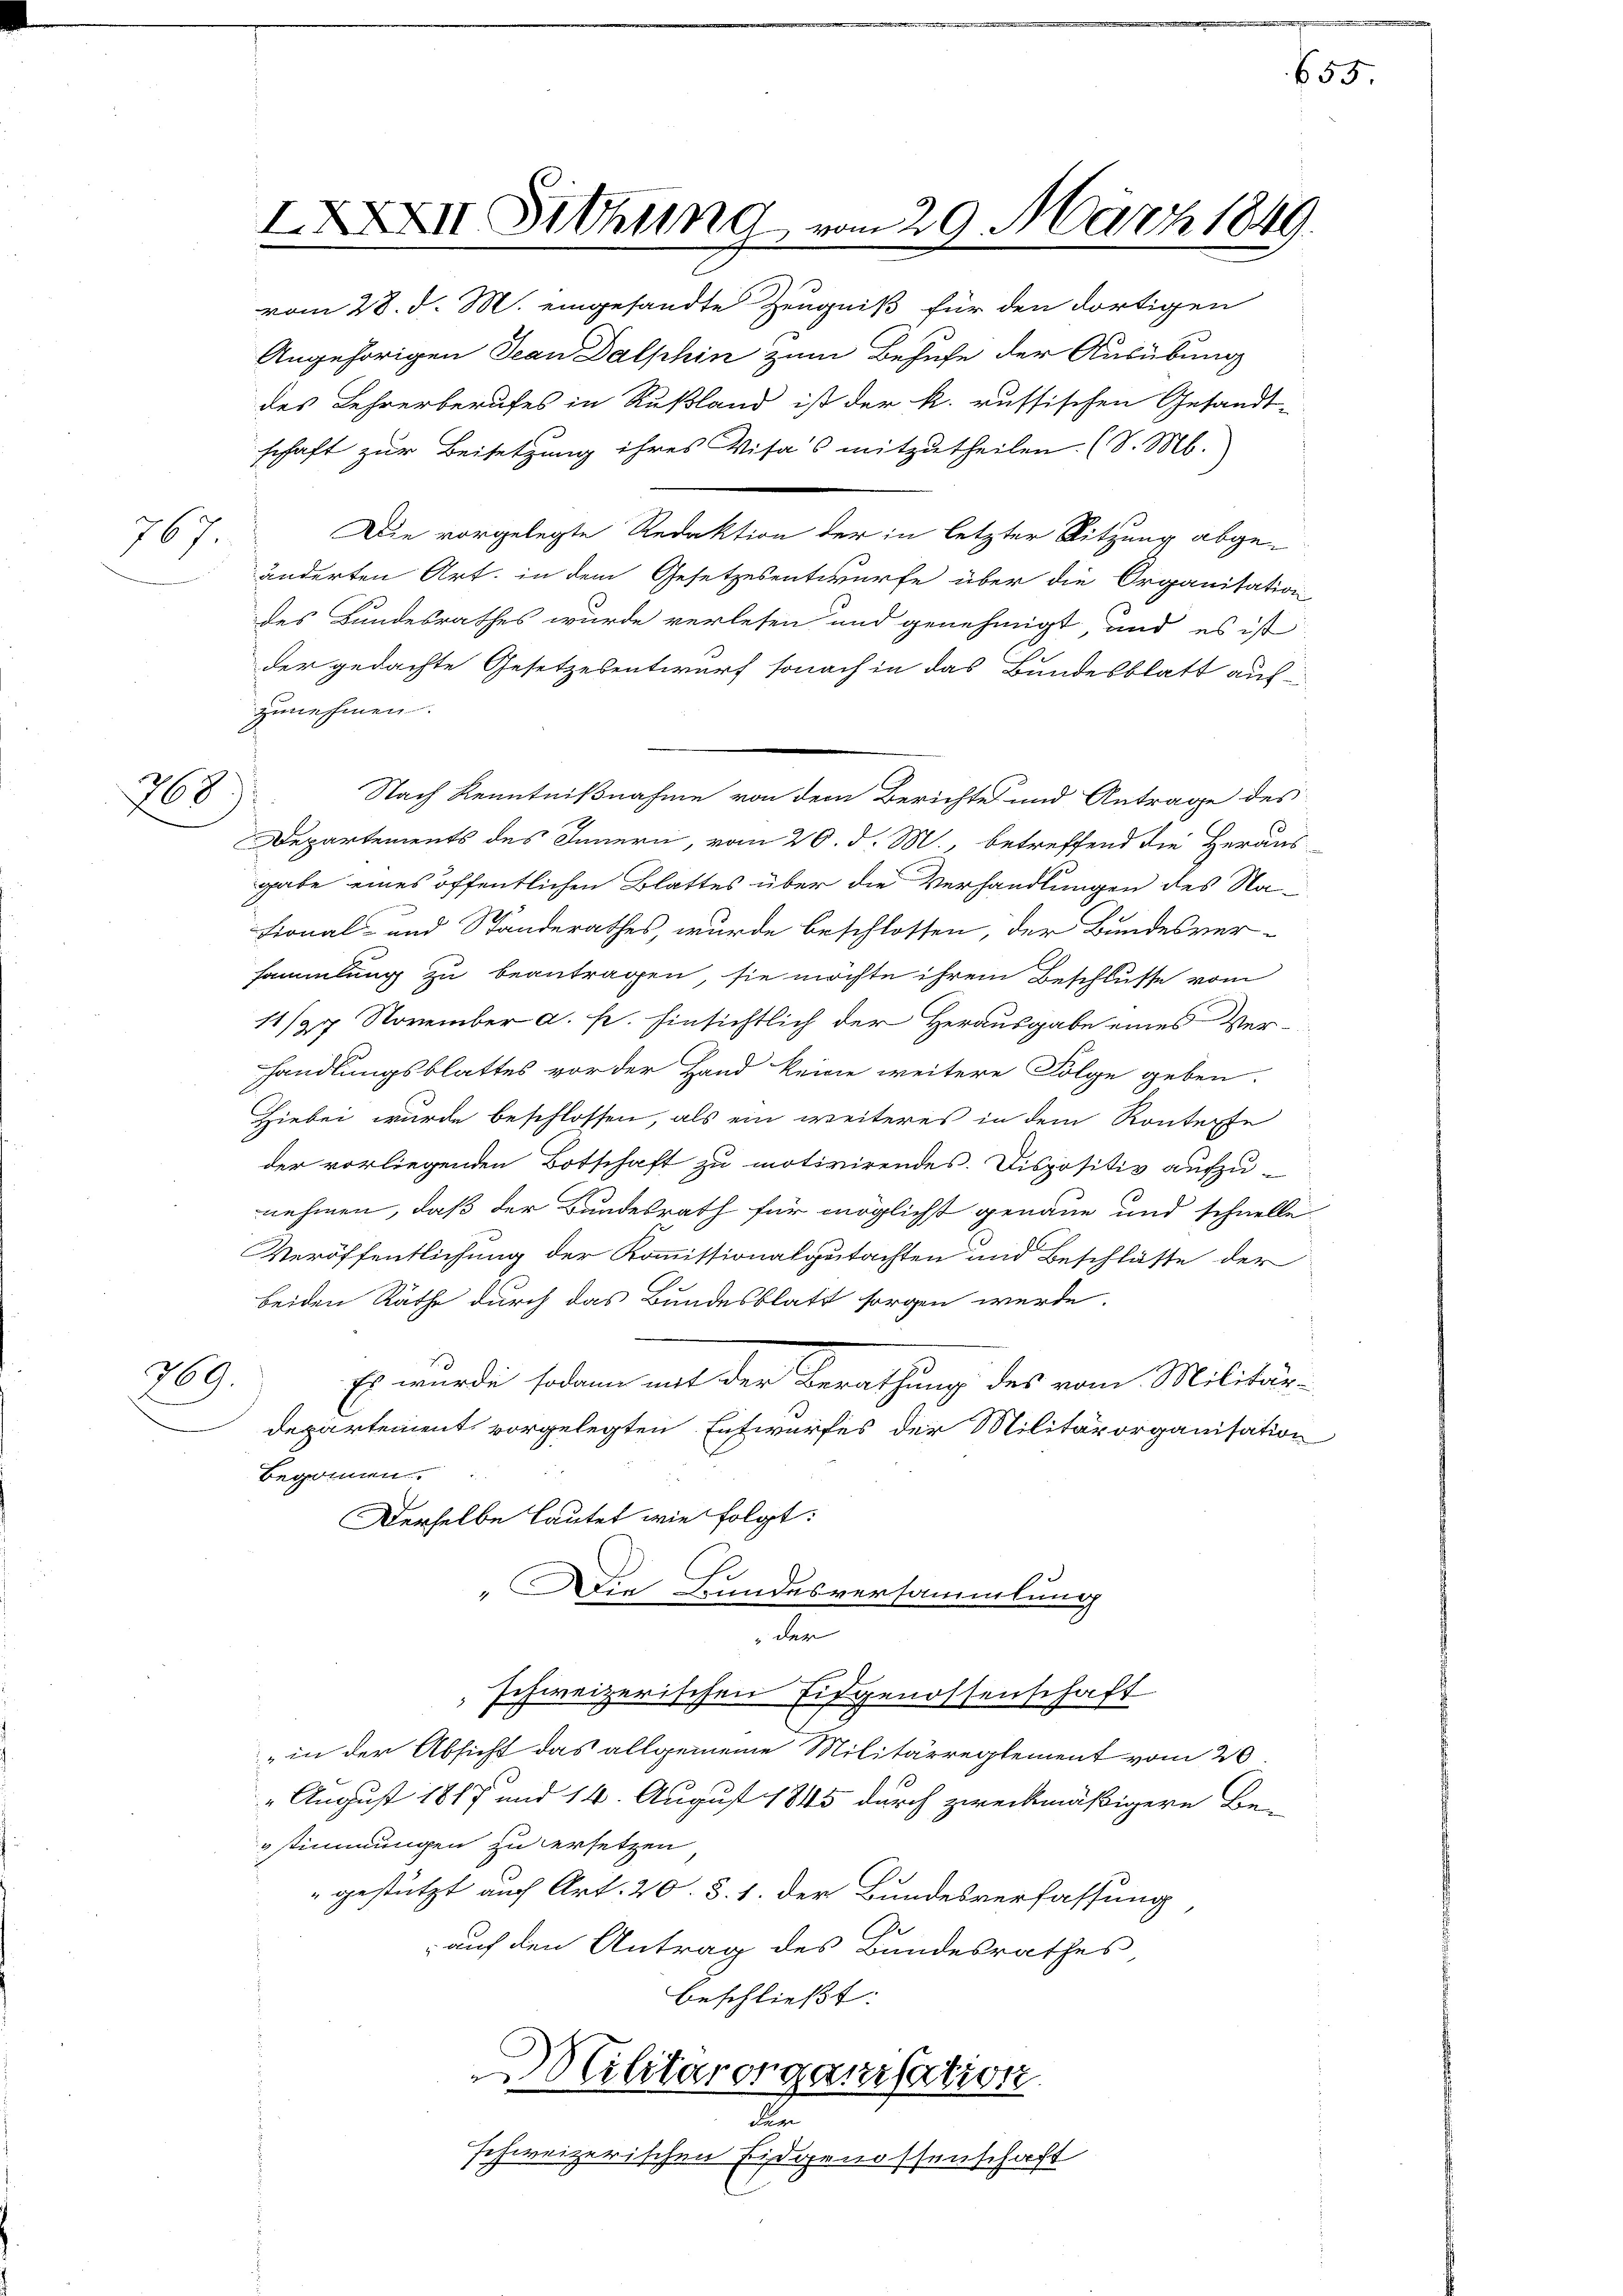
167

268)

vom 28. d. M. eingesandte Zeugniß für den dortigen
Angehörigen Jean Dalphin zum Behufe der Ausübung
des Lehrerberufes in Rußland ist der k. russischen Gesandt-
schaft zur Beisetzung ihres Visa's mitzutheilen. (S. M.
Die vorgelegte Redaktion der in letzter Sitzung abgeänderten Art. in dem Gesetzesentwurfe über die Organisation
des Bundesrathes wurde verlesen und genehmigt und es ist
der gedachte Gesetzesentwurf sonach in das Bundesblatt auf
zunehmen.
Nach Kenntnißnahme von dem Berichte und Antrage des
Departements des Innern, vom 20. d. M., betreffend die Heraus-
gabe eines öffentlichen Blattes über die Verhandlungen des Na¬
Lional- und Standerathes, wurde beschlossen, der Bundesver-
sammlung zu beantragen, sie möchte ihrem Beschlusse vom
11/7 November a. p. Einsichtlich der Herausgabe eines Verhandlungsblattes vor der Hand keine weitere Folge geben.
Hiebei wurde beschlossen, als ein weiteres in dem Kontexte
der vorliegenden Botschaft zu motivirendes Dispositiv aufzu-
nehmen, daß der Bundesrath für möglichst genaue und schnelle
Veröffentlichung der Kommissionalgutachten und Beschlässe der
beiden Räthe durch das Bundesblatt sorgen werde.
369.
Es wurde sodann mit der Berathung des vom Militär-
departement vorgelegten Entwurfes der Militärorganisation
begonnen.
Derselbe lautet wie folgt:
Die Bundesversammlung
der
schweizerischen Eidgenossenschaft
" in der Absicht das allgemeine Militärreglement vom 20
" August 1817 und 14. August 1845 durch zweckmäßigere Be-
stimmungen zu ersetzen
" gestützt auch Art. 20. d. 1. der Bundesverfassung
 auf den Antrag des Bundesrathes
beschließt:
Militärorganisation
dem
schweizerischen Eidgenossenschaft

IXXXII. Ziehung vom 29. März 1849.

a